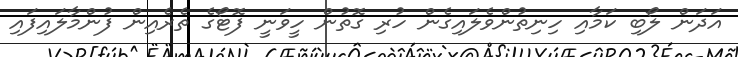
އަދަން ލޯބި ކަމާއި ހިނިތުންވެލައިގެން ހުރި ގޮތުން ހީވަނީ ފޮޓޯގެ ތެރެއިން ފުންމާލައިފައި